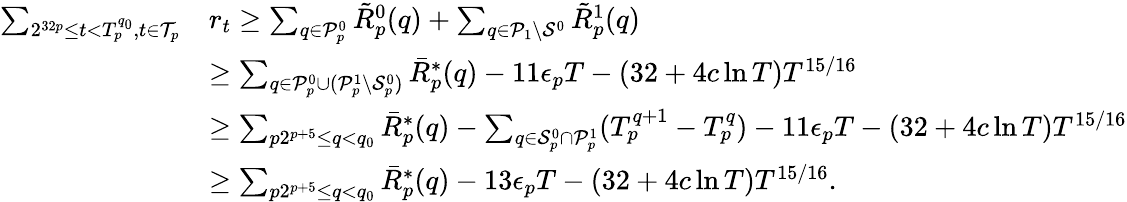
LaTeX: \begin{array}{rl}{\sum_{2^{32p}\leq t<T_{p}^{q_{0}},t\in\mathcal{T}_{p}}}&{r_{t}\geq\sum_{q\in\mathcal{P}_{p}^{0}}\tilde{R}_{p}^{0}(q)+\sum_{q\in\mathcal{P}_{1}\setminus\mathcal{S}^{0}}\tilde{R}_{p}^{1}(q)}\\ &{\geq\sum_{q\in\mathcal{P}_{p}^{0}\cup(\mathcal{P}_{p}^{1}\setminus\mathcal{S}_{p}^{0})}\bar{R}_{p}^{*}(q)-11\epsilon_{p}T-(32+4c\ln T)T^{15/16}}\\ &{\geq\sum_{p2^{p+5}\leq q<q_{0}}\bar{R}_{p}^{*}(q)-\sum_{q\in\mathcal{S}_{p}^{0}\cap\mathcal{P}_{p}^{1}}(T_{p}^{q+1}-T_{p}^{q})-11\epsilon_{p}T-(32+4c\ln T)T^{15/16}}\\ &{\geq\sum_{p2^{p+5}\leq q<q_{0}}\bar{R}_{p}^{*}(q)-13\epsilon_{p}T-(32+4c\ln T)T^{15/16}.}\end{array}